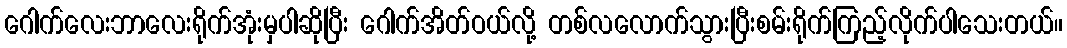
ဂေါက်လေးဘာလေးရိုက်အုံးမှပါဆိုပြီး ဂေါက်အိတ်ဝယ်လို့ တစ်လလောက်သွားပြီးစမ်းရိုက်ကြည့်လိုက်ပါသေးတယ်။